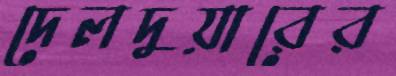
দেলদুয়ারের